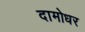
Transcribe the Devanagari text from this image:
दामोधर